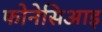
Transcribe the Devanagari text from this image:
फोनेसिआइ